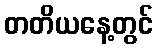
တတိယနေ့တွင်